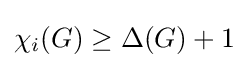
\chi _{i}(G)\geq \Delta (G)+1